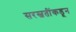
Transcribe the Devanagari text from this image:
सरस्वतींकडून